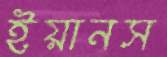
ইয়ানস